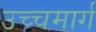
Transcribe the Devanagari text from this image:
उच्चमार्ग